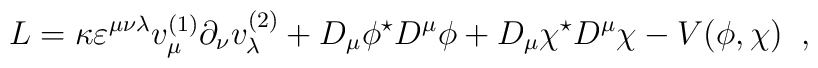
L=\kappa\varepsilon^{\mu\nu\lambda}v^{(1)}_{\mu}                                  \partial_{\nu}v^{(2)}_{\lambda}+    D_{\mu}\phi^{\star}D^{\mu}\phi+D_{\mu}\chi^{\star}D^{\mu}\chi-    V(\phi,\chi) \;\; ,